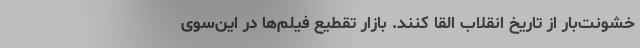
خشونت‌بار از تاریخ انقلاب القا کنند. بازار تقطیع فیلم‌ها در این‌سوی